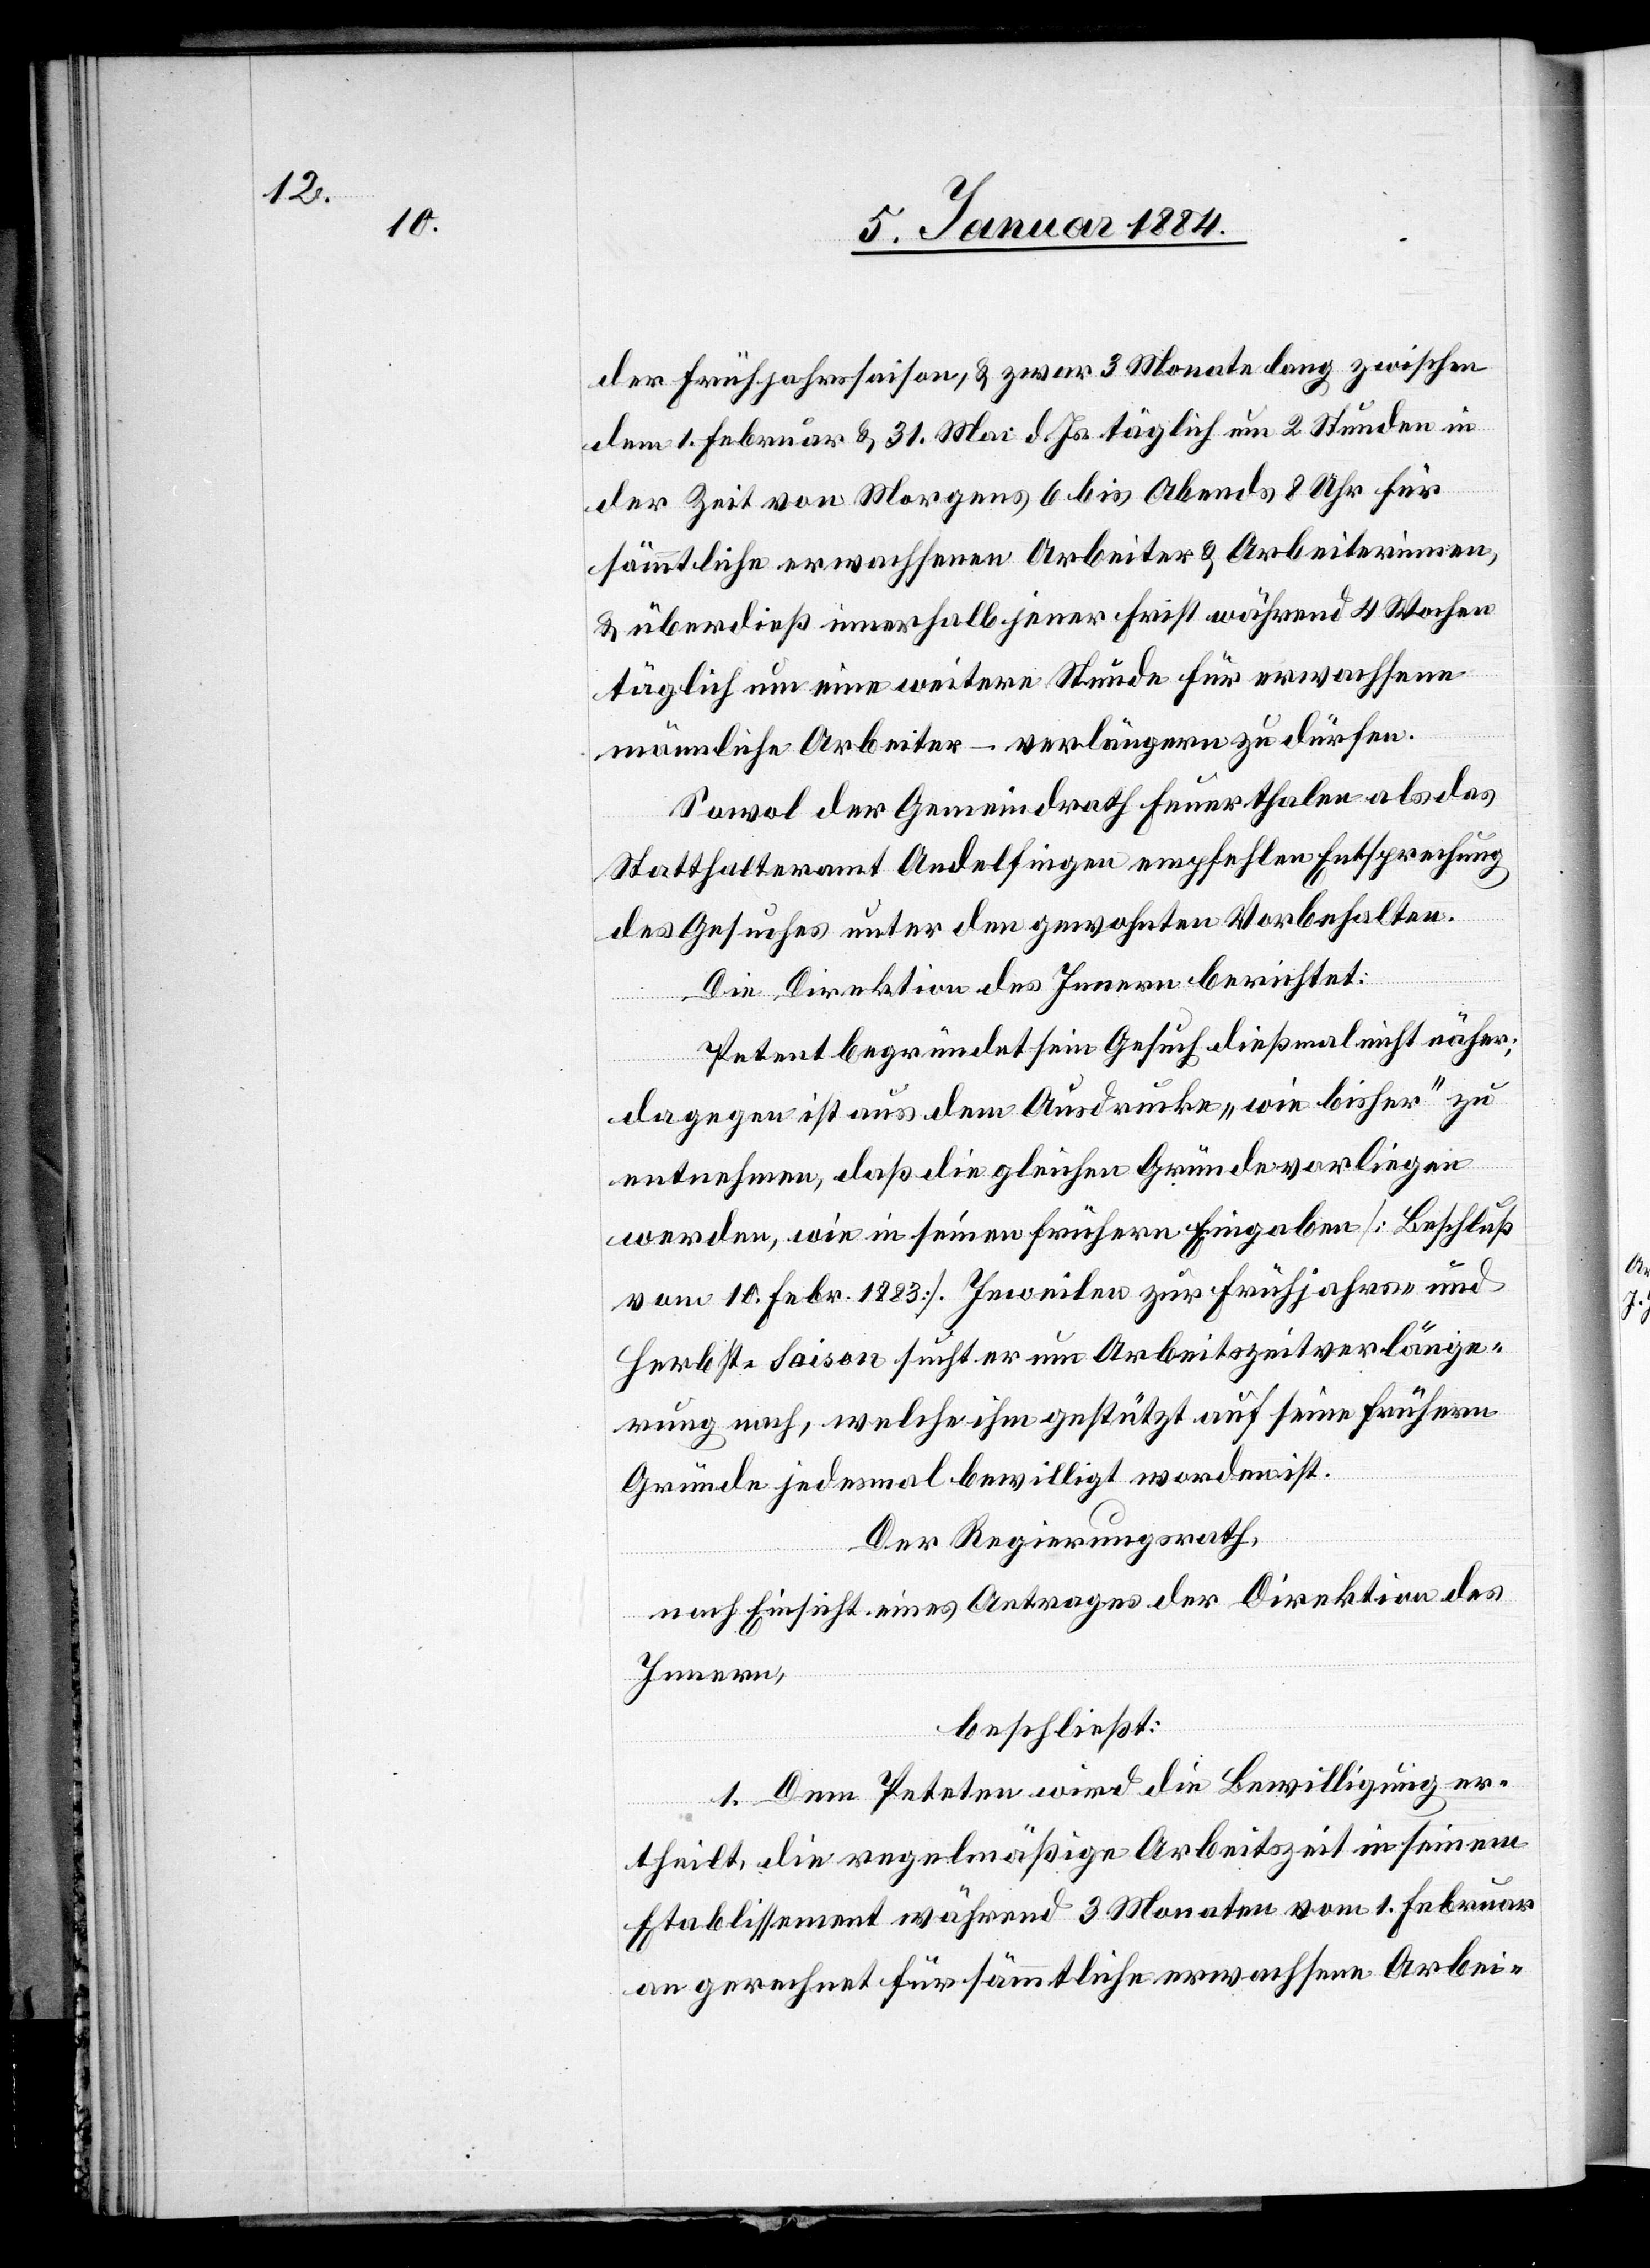
der Frühjahrssaison, & zwar 3 Monate lang zwischen
dem 1. Februar & 31. Mai d. Js. täglich um 2 Stunden in
der Zeit von Morgens 6 bis Abends 8 Uhr für
sämmtliche erwachsene Arbeiter & Arbeiterinnen
& ueberdieß innerhalb jener Frist während 4 Wochen
täglich um eine weitere Stunde für erwachsene
männliche Arbeiter – verlängern zu dürfen.
Sowol der Gemeindrath Feuerthalen als das
Statthalteramt Andelfingen empfehlen Entsprechung
des Gesuches unter den gewohnten Vorbehalten.
Die Direktion des Innern berichtet:
Petent begründet sein Gesuch dießmal nicht näher;
dagegen ist aus dem Ausdrucke „wie bisher“ zu
entnehmen, daß die gleichen Gründe vorliegen
werden, wie in seinen frühern Eingaben [Beschluß
vom 10. Febr. 1883]. Jeweilen zur Frühjahres- und
Herbst-Saison sucht er um Arbeitszeitverlänge¬
rung nach, welche ihm gestützt auf seine frühern
Gründe jedesmal bewilligt worden ist.
Der Regierungsrath,
nach Einsicht eines Antrages der Direktion des
Innern,
beschließt:
1. Dem Petenten wird die Bewilligung er¬
theilt, die regelmäßige Arbeitszeit in seinem
Etablissement während 3 Monaten vom 1. Februar
an gerechnet für sämmtliche erwachsene Arbeit-